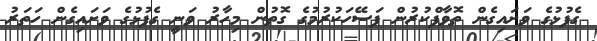
ގެފުޅުގެ ވަށައިގެން ތޮވާފްކުރުން ފަސޭހަކުރުމުގެ ގޮތުން މިހާރު ވަނީ ގެފުޅުގެ ވަށައިގެން ހަތަރު